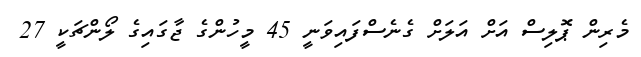
މެރިން ޕޮލިސް އަށް އަލަށް ގެނެސްފައިވަނީ 45 މީހުންގެ ޖާގައިގެ ލޯންޗަކީ 27